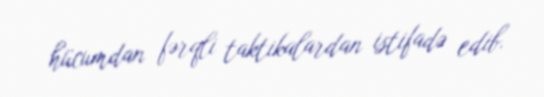
hücumdan fərqli taktikalardan istifadə edib.